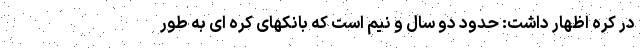
در کره اظهار داشت: حدود دو سال و نیم است که بانکهای کره ای به طور